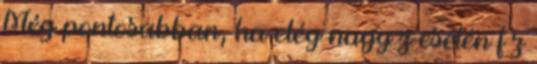
Még pontosabban, ha elég nagy z esetén f z